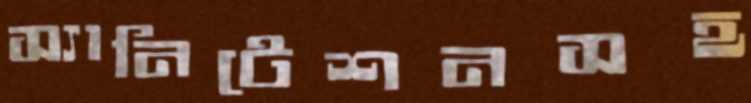
স্যানিটেশনসহ